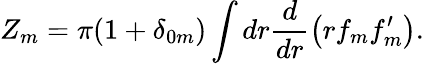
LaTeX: Z_{m}=\pi(1+\delta_{0m})\int dr\frac d{dr}\left(rf_{m}f_{m}^{\prime}\right).